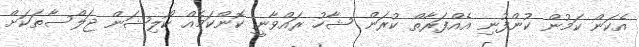
އެކަން ކަމުން ކުންފުނި އެއްފަރާތް ކުރަން ޝާހު ރައްވާނީ ކޮންކަމެއް ކޯލިޝަން ޖަލްސާތަކަށް